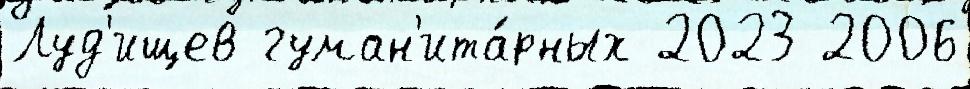
Луд'ищев гуман'ита́рных 2023 2006